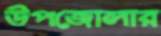
উপজোলার